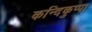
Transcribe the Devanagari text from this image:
कन्दिकुप्पा